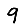
Digit: 9